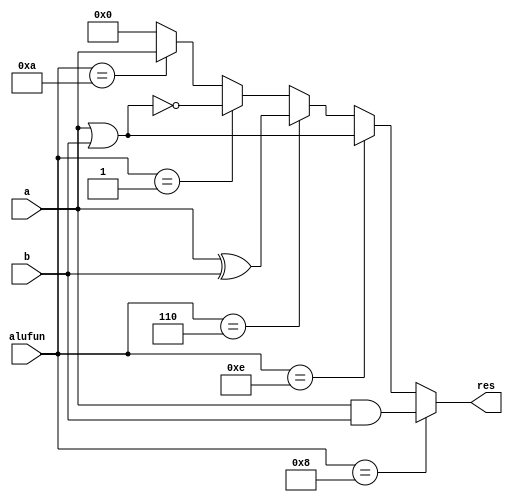
//LOGIC.v
module LOGIC(a,b,alufun,res);
  
  input [31:0]a,b;
  input [3:0]alufun;
  output [31:0]res;
  
  assign res=(alufun==4'b1000)?a&b:
             (alufun==4'b1110)?a|b:
             (alufun==4'b0110)?a^b:
             (alufun==4'b0001)?~(a|b):
             (alufun==4'b1010)?a:
             32'b0;
             
endmodule